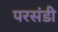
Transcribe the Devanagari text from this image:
परसंडी